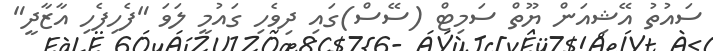
ސައުތު އޭޝިއަން ޔޫތް ސަމިޓް (ސޭސް)ގައި ދިވެހި ގައުމީ ލަވަ "ފެހިފެހި އާޒާދީ"